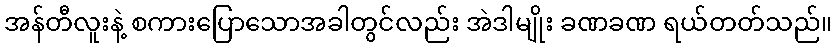
အန်တီလူးနဲ့ စကားပြောသောအခါတွင်လည်း အဲဒါမျိုး ခဏခဏ ရယ်တတ်သည်။